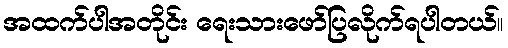
အထက်ပါအတိုင်း ရေးသားဖော်ပြလိုက်ရပါတယ်။